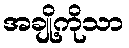
အချို့ကိုသာ